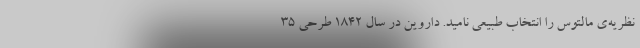
نظریه‌ی مالتوس را انتخاب طبیعی نامید. داروین در سال ۱۸۴۲ طرحی ۳۵